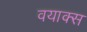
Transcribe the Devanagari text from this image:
वयाक्स